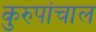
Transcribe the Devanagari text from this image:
कुरुपांचाल